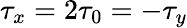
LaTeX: \tau_{x}=2\tau_{0}=-\tau_{y}